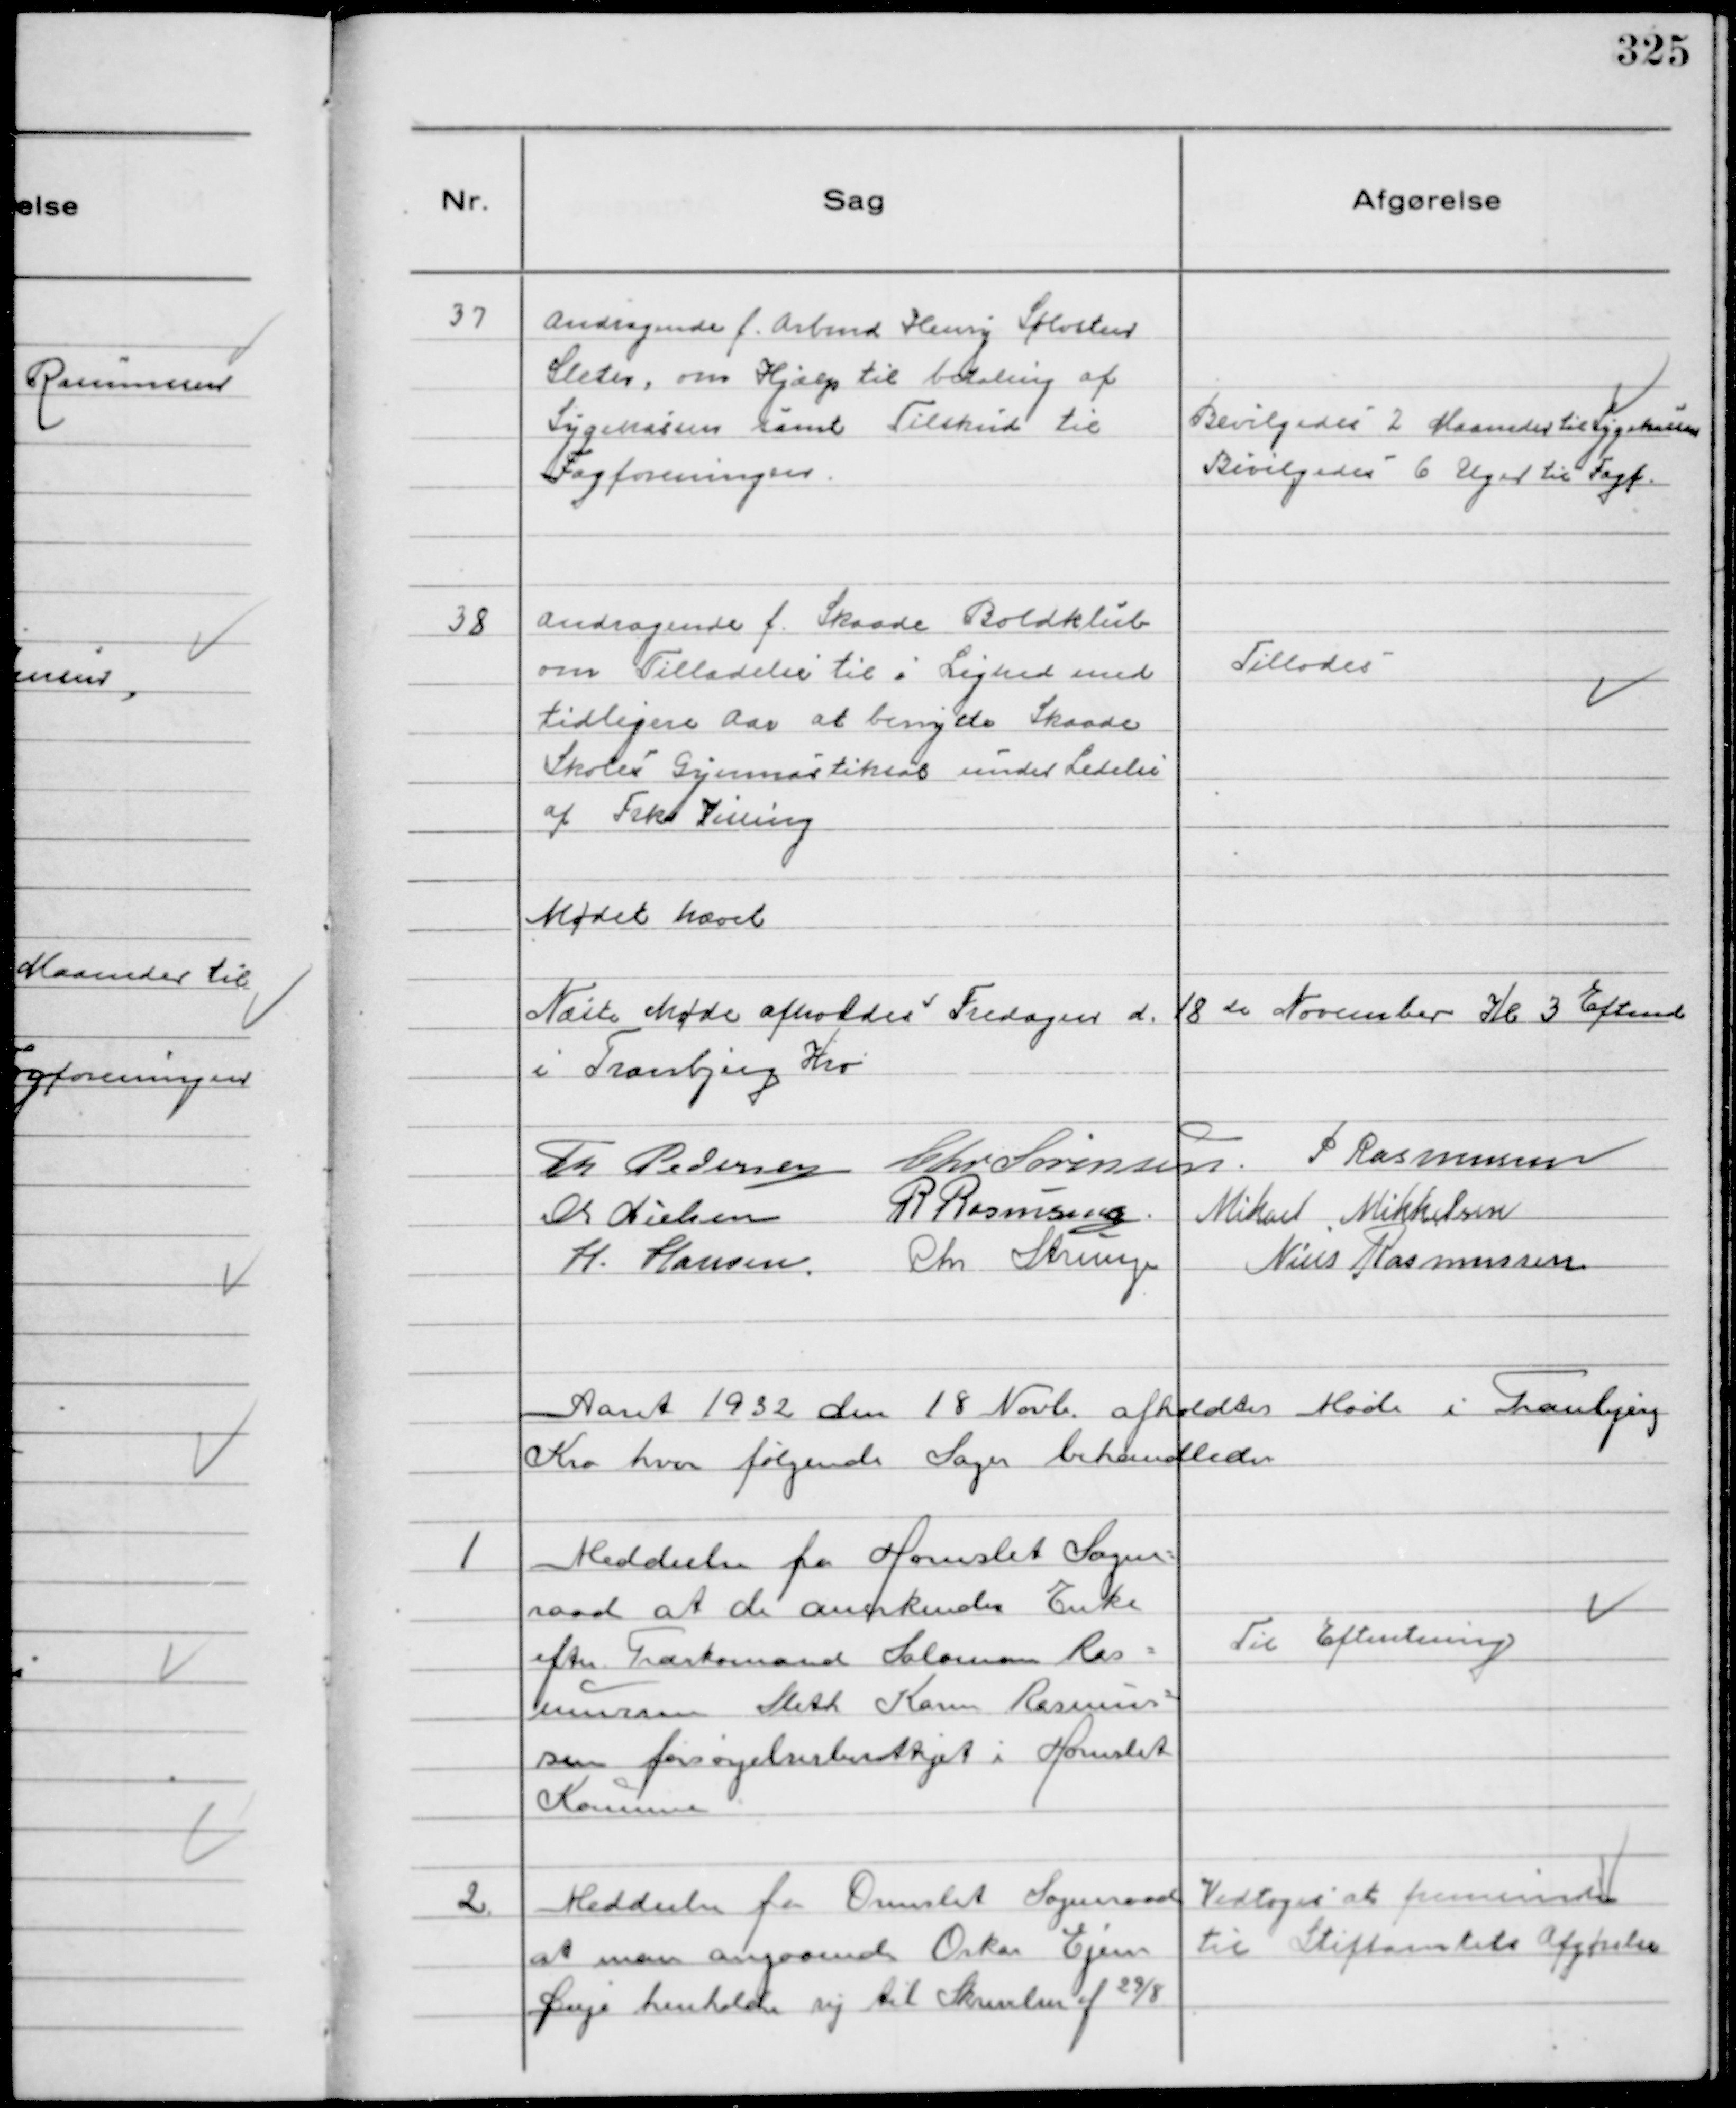
Transskription:
37
Andragende f. Arbmd Henry Sølvsten
Sleth, om Hjælp til betaling af
Sygekassen samt Tilskud til
Fagforeningen.

Bevilgedes 2 Maaneder til Sygekassen
Bevilgedes 6 Uger til Fagf.

38
Andragende f. Skaade Boldklub
om Tilladelse til i Lighed med
tidligere Aar at benytte Skaade
Skoles Gymnastiksal under Ledelse
af Frk. Vissing

Tillodes

Mødet hævet
Næste Møde afholdes Fredagen d. 18 de November Kl 3 Eftemd
i Tranbjerg Kro
Th Pedersen Chr Sørensen. P Rasmussen
Chr Nielsen R Rasmussen. Mikael Mikkelsen
H. Hansen. Chr Strunge Niels Rasmussen

Aaret 1932 den 18. Novb. afholdtes Møde i Tranbjerg
Kro hvor følgende Sager behandledes

1
Meddeelse fra Hornslet Sogne-
raad at de anerkender Enke
efter Træskomand Salomon Ras-
mussen Sleth Karen Rasmus-
sen forsørgelsesberettiget i Hornslet
Kommune

Til Efteretning

2.
Meddeelse fra Ormslet Sogneraad
at man angaaende Oskar Ejner
Doje henholder sig til Skrivelse af 29/8

Vedtoges at fremsende
til Stiftamtets Afgørelse